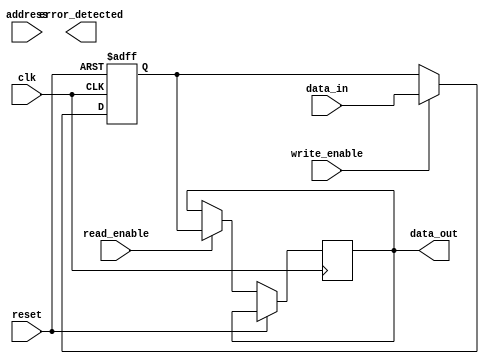
module memory_controller (
  input wire clk,
  input wire reset,
  input wire read_enable,
  input wire write_enable,
  input wire [7:0] data_in,
  output reg [7:0] data_out,
  input wire [15:0] address,
  output wire error_detected
);

reg [7:0] buffer;

always @(posedge clk or posedge reset) begin
  if (reset) begin
    buffer <= 8'b0;
  end else begin
    if (read_enable) begin
      data_out <= buffer;
    end
    if (write_enable) begin
      buffer <= data_in;
    end
  end
end

// address decoding logic here

// error detection and correction logic here

// power management features implementation here

endmodule